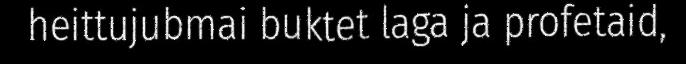
heittujubmai buktet laga ja profetaid,